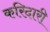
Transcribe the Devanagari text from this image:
करिदारी